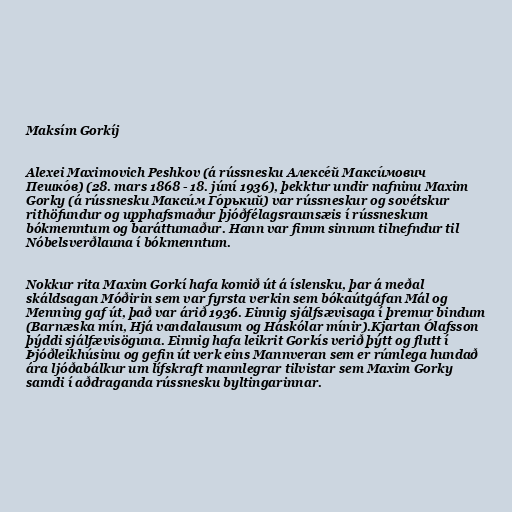
Maksím Gorkíj

Alexei Maximovich Peshkov (á rússnesku Алексе́й Макси́мович
Пешко́в) (28. mars 1868 - 18. júní 1936), þekktur undir nafninu Maxim
Gorky (á rússnesku Макси́м Го́рький) var rússneskur og sovétskur
rithöfundur og upphafsmaður þjóðfélagsraunsæis í rússneskum
bókmenntum og baráttumaður. Hann var fimm sinnum tilnefndur til
Nóbelsverðlauna í bókmenntum.

Nokkur rita Maxim Gorkí hafa komið út á íslensku, þar á meðal
skáldsagan Móðirin sem var fyrsta verkin sem bókaútgáfan Mál og
Menning gaf út, það var árið 1936. Einnig sjálfsævisaga í þremur bindum
(Barnæska mín, Hjá vandalausum og Háskólar mínir).Kjartan Ólafsson
þýddi sjálfævisöguna. Einnig hafa leikrit Gorkís verið þýtt og flutt í
Þjóðleikhúsinu og gefin út verk eins Mannveran sem er rúmlega hundað
ára ljóðabálkur um lífskraft mannlegrar tilvistar sem Maxim Gorky
samdi í aðdraganda rússnesku byltingarinnar.